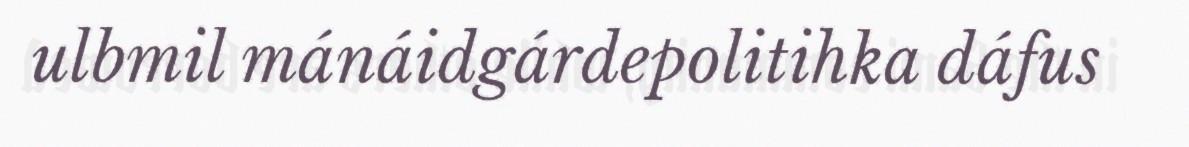
ulbmil mánáidgárdepolitihka dáfus